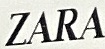
ZARA